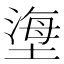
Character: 塰